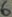
Text: 6